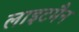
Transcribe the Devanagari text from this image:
लाइटमैन